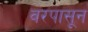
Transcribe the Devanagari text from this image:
वरपासून